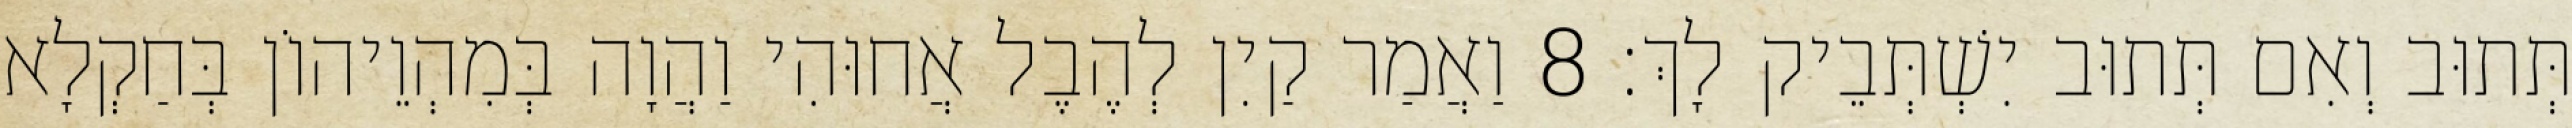
תְּתוּב וְאִם תְּתוּב יִשְׁתְּבֵיק לָךְ׃ 8 וַאֲמַר קַיִן לְהֶבֶל אֲחוּהִי וַהֲוָה בְּמִהְוֵיהוֹן בְּחַקְלָא